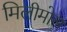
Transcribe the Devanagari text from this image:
मिलीमोल